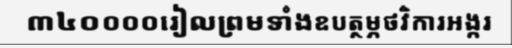
៣៤០០០០រៀលព្រមទាំងឧបត្ថម្ភថវិការអង្ករ